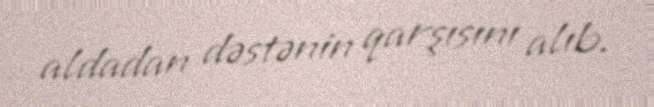
aldadan dəstənin qarşısını alıb.